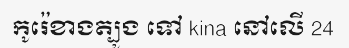
កូរ៉េខាងត្បូង ទៅ kina នៅលើ 24